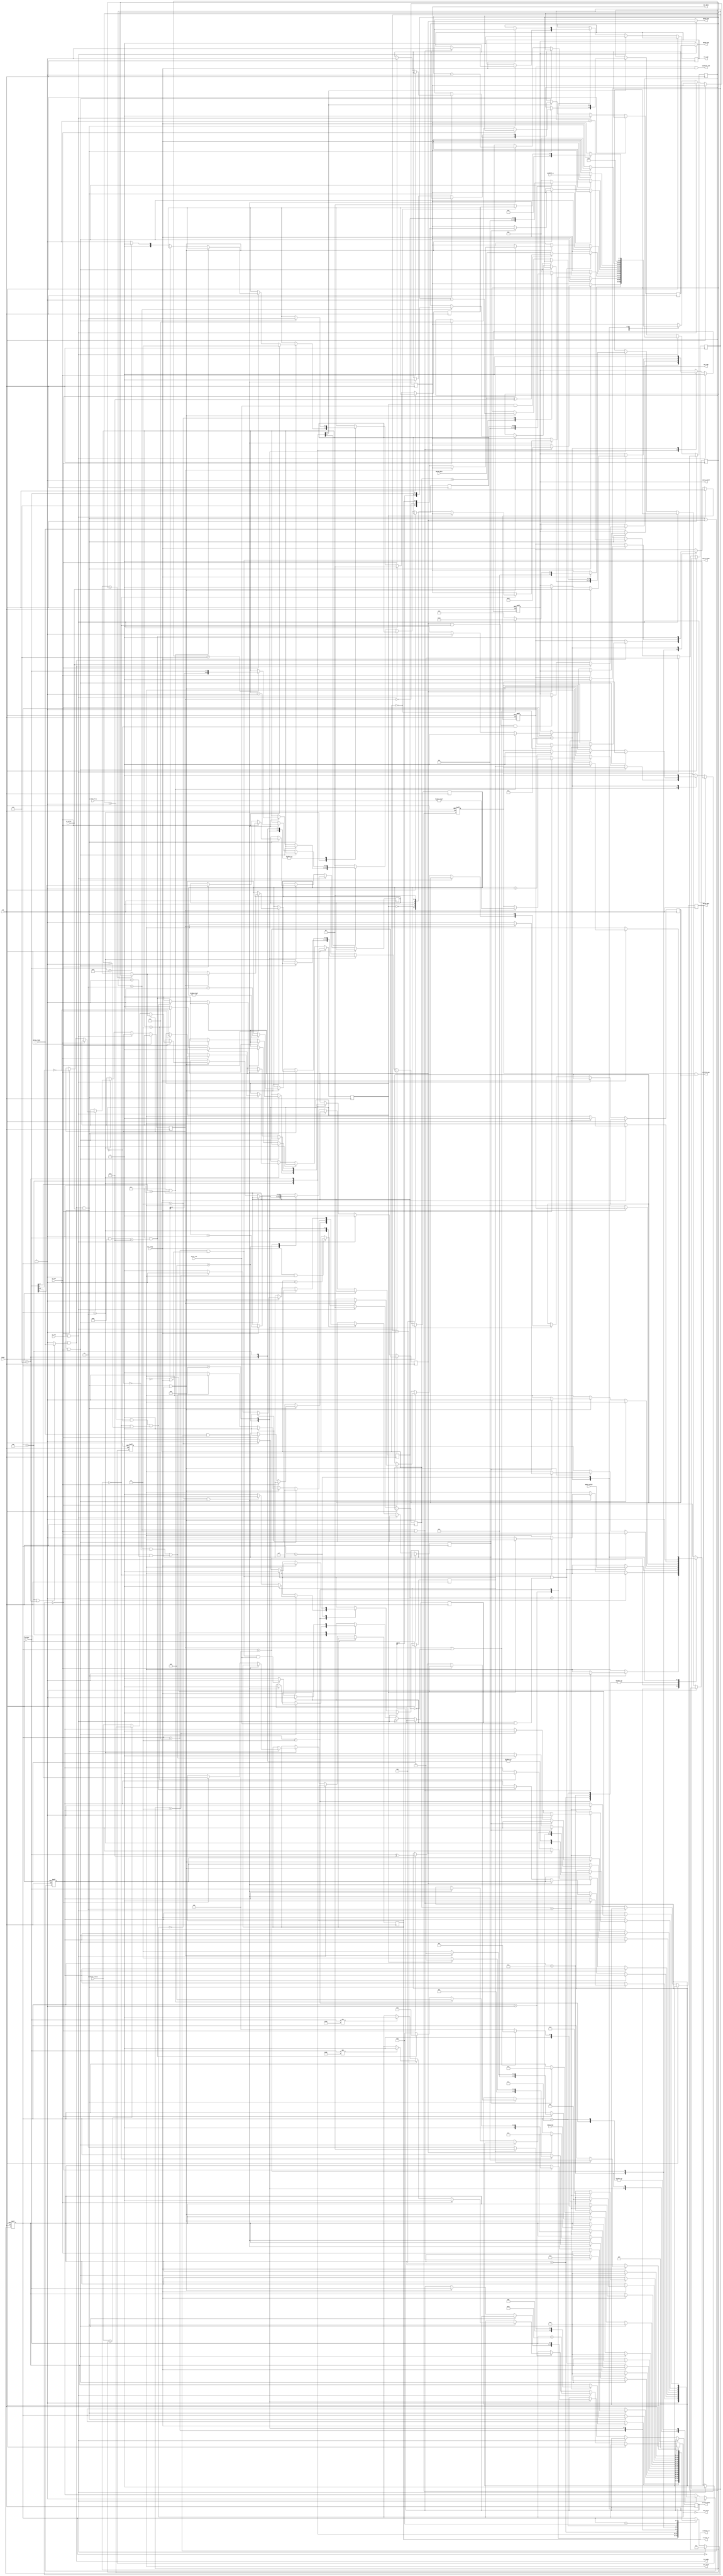
// ===================================================================
// TITLE : PERIDOT Ethernet I/O Extender / Packet stream arbiter
//
//     DESIGN : s.osafune@j7system.jp (J-7SYSTEM WORKS LIMITED)
//            : 2022/09/18 (FIXED)
//
// ===================================================================
//
// The MIT License (MIT)
// Copyright (c) 2022 J-7SYSTEM WORKS LIMITED.
//
// Permission is hereby granted, free of charge, to any person obtaining a copy of
// this software and associated documentation files (the "Software"), to deal in
// the Software without restriction, including without limitation the rights to
// use, copy, modify, merge, publish, distribute, sublicense, and/or sell copies
// of the Software, and to permit persons to whom the Software is furnished to do
// so, subject to the following conditions:
//
// The above copyright notice and this permission notice shall be included in all
// copies or substantial portions of the Software.
//
// THE SOFTWARE IS PROVIDED "AS IS", WITHOUT WARRANTY OF ANY KIND, EXPRESS OR
// IMPLIED, INCLUDING BUT NOT LIMITED TO THE WARRANTIES OF MERCHANTABILITY,
// FITNESS FOR A PARTICULAR PURPOSE AND NONINFRINGEMENT. IN NO EVENT SHALL THE
// AUTHORS OR COPYRIGHT HOLDERS BE LIABLE FOR ANY CLAIM, DAMAGES OR OTHER
// LIABILITY, WHETHER IN AN ACTION OF CONTRACT, TORT OR OTHERWISE, ARISING FROM,
// OUT OF OR IN CONNECTION WITH THE SOFTWARE OR THE USE OR OTHER DEALINGS IN THE
// SOFTWARE.
//

// []
// 11 
//  
//
// []
// 4 
// 112 
// FIFO 
// 4n130x00 
// 7
//     0x40 : 1,2,4 
//     0x44 : 132768 
//     0x50 : 1,2,4 
//     0x54 : 132768 
//     0x2x : FIFO4bitFIFO132768 
//     0x3x : FIFO4bitFIFO132768 
//     0x7f : 
//
//         0     1     2     3
//      +-----+-----+-----+-----+
// +0   | 'A' | 'V' | 'M' | 'M' | -- (FOURCC)
//      |-----+-----+-----------|
// +4   | CMD | 0x00|   SIZE    | -+
//      |-----+-----+-----------|  |
// +8   |        ADDRESS        |  | 1
//      |-----+-----+-----+-----|  |
// +12  |  D0 |  D1 |  D2 |  D3 |  |
//      |-----+-----+-----+-----|  |
// +16  |  D4 |             | -+
//      |-----+-----+-----+-----|
//  :
//  :
//      |-----+-----+-----+-----|
// +20  | CMD | 0x00|   SIZE    | -+
//      |-----+-----+-----------|  |
// +24  |        ADDRESS        |  | 2
//      |-----+-----+-----+-----|  |
// +28  |  D0 |             | -+
//      |-----+-----+-----+-----|
//  :
//  :
//      |-----+-----+-----+-----|
// 4m+0 | 0x7f| 0x00| 0xff| 0xff| -- ()
//      +-----+-----+-----+-----+
//

// Verilog-2001 / IEEE 1364-2001
`default_nettype none

module peridot_ethio_avmm_arbiter #(
	parameter SUPPORT_AVALONMM_CMD	= 1,	// 1=Avalon-MM Host 
	parameter SUPPORT_AVALONST_CMD	= 1,	// 1=Avalon-ST Src/Sink 
	parameter ENABLE_AVALONMM_HOST	= 1,	// 1=Avalon-MM Host (SUPPORT_AVALONMM_CMD=1)
	parameter ENABLE_AVALONST_SRC	= 1,	// 1=Avalon-ST Src FIFO (SUPPORT_AVALONST_CMD=1)
	parameter ENABLE_AVALONST_SINK	= 1		// 1=Avalon-ST Sink FIFO (SUPPORT_AVALONST_CMD=1)
) (
	input wire			reset,
	input wire			clk,

	// UDP 
	output wire			in_ready,
	input wire			in_valid,
	input wire  [7:0]	in_data,
	input wire			in_sop,
	input wire			in_eop,

	input wire			out_ready,
	output wire			out_valid,
	output wire [7:0]	out_data,
	output wire			out_sop,
	output wire			out_eop,
	output wire			out_error,	// eop 

	// Packet to Avalon-MM Host (altera_avalon_packet_to_master)
	input wire			mmreq_ready,
	output wire			mmreq_valid,
	output wire [7:0]	mmreq_data,
	output wire			mmreq_sop,
	output wire			mmreq_eop,

	output wire			mmrsp_ready,
	input wire			mmrsp_valid,
	input wire  [7:0]	mmrsp_data,
	input wire			mmrsp_sop,
	input wire			mmrsp_eop,

	// Avalon-ST Source FIFO (CLIDEV)
	output wire [3:0]	srcfifo_ch,
	output wire			srcfifo_wen,
	output wire [7:0]	srcfifo_data,
	input wire  [10:0]	srcfifo_free,

	// Avalon-ST Sink FIFO (DEVCLI)
	output wire [3:0]	sinkfifo_ch,
	output wire			sinkfifo_ack,
	input wire  [7:0]	sinkfifo_q,
	input wire  [10:0]	sinkfifo_remain
);


/* =====  ========== */



/* -----  ------------------ */

	localparam MM_PORT_ENABLE = (SUPPORT_AVALONMM_CMD && ENABLE_AVALONMM_HOST);
	localparam ST_SRC_ENABLE = (SUPPORT_AVALONST_CMD && ENABLE_AVALONST_SRC);
	localparam ST_SINK_ENABLE = (SUPPORT_AVALONST_CMD && ENABLE_AVALONST_SINK);

	localparam FOURCC_AVMM = {8'h41, 8'h56, 8'h4d, 8'h4d};	// 'A' 'V' 'M' 'M'

	localparam CMD_AVMM_WRITE		= 8'h40;
	localparam CMD_AVMM_WRITE_INC	= 8'h44;
	localparam CMD_AVMM_READ		= 8'h50;
	localparam CMD_AVMM_READ_INC	= 8'h54;
	localparam CMD_AVST_OUT			= 8'h20;
	localparam CMD_AVST_IN			= 8'h30;
	localparam CMD_END				= 8'h7f;

	localparam	RES_OK				= 2'd0,
				RES_UNDEFINED_CMD	= 2'd1,
				RES_PACKET_INCORRECT= 2'd2,
				RES_EOP_NOT_EXIST	= 2'd3;

	localparam	STATE_IDLE			= 5'd0,
				STATE_FOURCC		= 5'd1,
				STATE_FOURCC_RESP	= 5'd2,
				STATE_CHECKCMD		= 5'd3,
				STATE_AVMM			= 5'd4,
				STATE_AVMM_DATA		= 5'd5,
				STATE_AVMM_RESP		= 5'd6,
				STATE_AVMM_TRANS	= 5'd7,
				STATE_AVST			= 5'd8,
				STATE_AVST_WRITE	= 5'd9,
				STATE_AVST_RESP		= 5'd10,
				STATE_AVST_READ		= 5'd11,
				STATE_PADDING		= 5'd12,
				STATE_END			= 5'd13,
				STATE_CLOSE			= 5'd14,
				STATE_CLOSE_RESP	= 5'd15;


/*  */

/* =====  ====================== */
	wire			reset_sig = reset;		//  
	wire			clock_sig = clk;		//  

	reg  [1:0]		in_bytepos_reg, out_bytepos_reg;
	reg  [4:0]		state_reg;
	reg				ready_reg;
	reg  [1:0]		error_reg;
	reg				accept_reg;
	reg				out_valid_reg, out_sop_reg, out_eop_reg;
	reg  [7:0]		out_data_reg;
	wire			in_ready_sig, in_enable_sig;
	wire			out_ready_sig;

	reg				mm_resp_reg;
	reg  [2:0]		mm_count_reg;
	reg				mm_write_reg, mm_inc_reg;
	reg  [10:0]		mm_datalen_reg;
	reg				mmreq_valid_reg, mmreq_sop_reg, mmreq_eop_reg;
	reg  [7:0]		mmreq_data_reg;
	wire			mmreq_ready_sig;
	wire			mmrsp_ready_sig, mmrsp_valid_sig, mmrsp_sop_sig, mmrsp_eop_sig;
	wire [7:0]		mmrsp_data_sig;

	reg				st_enqueue_reg;
	reg  [3:0]		st_channel_reg;
	reg  [10:0]		st_datalen_reg, st_wrlen_reg, st_datanum_reg;
	reg				stin_eop_reg;
	reg  [7:0]		stin_data_reg;
	reg				stin_datavalid_reg;
	reg				stin_fifowen_reg;
	reg				stout_fifoack_reg;
	wire			srcfifo_wen_sig;
	wire [7:0]		srcfifo_data_sig;
	wire [10:0]		srcfifo_free_sig;
	wire [7:0]		sinkfifo_q_sig;
	wire [10:0]		sinkfifo_remain_sig;


/* wirereg */

/* =====  ============== */



/* =====  ============== */

	//  

	assign in_ready_sig = ready_reg & ((state_reg == STATE_AVMM || state_reg == STATE_AVMM_DATA)? mmreq_ready_sig : 1'b1);
	assign in_ready = in_ready_sig;

	assign out_ready_sig = out_ready;
	assign out_valid = out_valid_reg;
	assign out_data = out_data_reg;
	assign out_sop = out_sop_reg;
	assign out_eop = out_eop_reg;
	assign out_error = ~accept_reg;

	assign mmreq_ready_sig = (MM_PORT_ENABLE)? mmreq_ready : 1'b1;
	assign mmreq_valid = (MM_PORT_ENABLE)? mmreq_valid_reg : 1'b0;
	assign mmreq_data = (MM_PORT_ENABLE)? mmreq_data_reg : 1'd0;
	assign mmreq_sop = (MM_PORT_ENABLE && mmreq_valid_reg)? mmreq_sop_reg : 1'b0;
	assign mmreq_eop = (MM_PORT_ENABLE && mmreq_valid_reg)? mmreq_eop_reg : 1'b0;

	assign mmrsp_ready_sig = (state_reg == STATE_AVMM_TRANS && (!out_valid_reg || out_ready_sig));
	assign mmrsp_ready = (MM_PORT_ENABLE)? mmrsp_ready_sig : 1'b0;
	assign mmrsp_valid_sig = (MM_PORT_ENABLE)? mmrsp_valid : 1'b1;
	assign mmrsp_data_sig = (MM_PORT_ENABLE)? mmrsp_data : 1'd0;
	assign mmrsp_sop_sig = (MM_PORT_ENABLE)? mmrsp_sop : 1'b1;
	assign mmrsp_eop_sig = (MM_PORT_ENABLE)? mmrsp_eop : 1'b0;

	assign srcfifo_ch = (ST_SRC_ENABLE)? st_channel_reg : 1'd0;
	assign srcfifo_wen = (ST_SRC_ENABLE && stin_fifowen_reg && stin_datavalid_reg);
	assign srcfifo_data = (ST_SRC_ENABLE)? stin_data_reg : 1'd0;
	assign srcfifo_free_sig = (ST_SRC_ENABLE)? srcfifo_free : 1'd0;

	assign sinkfifo_ch = (ST_SINK_ENABLE)? st_channel_reg : 1'd0;
	assign sinkfifo_ack = (ST_SINK_ENABLE && stout_fifoack_reg && out_ready_sig);
	assign sinkfifo_q_sig = (ST_SINK_ENABLE)? sinkfifo_q : 1'd0;
	assign sinkfifo_remain_sig = (ST_SINK_ENABLE)? sinkfifo_remain : 1'd0;


	//  

	assign in_enable_sig = (in_ready_sig && in_valid);

	always @(posedge clock_sig or posedge reset_sig) begin
		if (reset_sig) begin
			state_reg <= STATE_IDLE;
			ready_reg <= 1'b0;
			out_valid_reg <= 1'b0;
			mmreq_valid_reg <= 1'b0;
			stin_fifowen_reg <= 1'b0;
			stout_fifoack_reg <= 1'b0;
		end
		else begin
			if (in_enable_sig && in_sop) begin
				in_bytepos_reg <= 2'd1;
				out_bytepos_reg <= 2'd0;
				state_reg <= STATE_FOURCC;
				ready_reg <= 1'b1;
				error_reg <= RES_OK;
				accept_reg <= (in_data == FOURCC_AVMM[31:24]);
				out_valid_reg <= 1'b0;
				out_sop_reg <= 1'b0;
				out_eop_reg <= 1'b0;
				mmreq_valid_reg <= 1'b0;
				mmreq_sop_reg <= 1'b0;
				mmreq_eop_reg <= 1'b0;
				stin_fifowen_reg <= 1'b0;
				stout_fifoack_reg <= 1'b0;
			end
			else begin
				// (4)
				if (in_enable_sig) begin
					in_bytepos_reg <= in_bytepos_reg + 1'd1;
				end

				if (out_ready_sig && out_valid_reg) begin
					out_bytepos_reg <= out_bytepos_reg + 1'd1;
				end


				case (state_reg)
				STATE_IDLE : begin
					ready_reg <= 1'b1;
				end

				//  
				STATE_FOURCC : begin
					if (in_enable_sig) begin
						if (in_bytepos_reg == 2'd3 || in_eop) begin
							state_reg <= STATE_FOURCC_RESP;
							ready_reg <= 1'b0;
							out_valid_reg <= 1'b1;
							out_data_reg <= FOURCC_AVMM[31:24];
							out_sop_reg <= 1'b1;
						end

						if (in_eop) begin
							accept_reg <= 1'b0;		// FOURCC 
						end
						else begin
							case (in_bytepos_reg)	// FOURCC 
							2'd1 : if (in_data != FOURCC_AVMM[23:16]) accept_reg <= 1'b0;
							2'd2 : if (in_data != FOURCC_AVMM[15: 8]) accept_reg <= 1'b0;
							default : if (in_data != FOURCC_AVMM[ 7: 0]) accept_reg <= 1'b0;
							endcase
						end
					end
				end
				STATE_FOURCC_RESP : begin
					if (out_ready_sig) begin
						out_sop_reg <= 1'b0;

						if (out_bytepos_reg == 2'd3) begin
							ready_reg <= 1'b1;
							out_valid_reg <= 1'b0;

							if (out_eop_reg) begin
								state_reg <= STATE_IDLE;
							end
							else begin
								state_reg <= STATE_CHECKCMD;
							end
						end

						if (out_eop_reg) begin
							 out_eop_reg <= 1'b0;
						end
						else if (out_bytepos_reg == 2'd2 && !accept_reg) begin
							out_eop_reg <= 1'b1;
						end

						case (out_bytepos_reg)
						2'd0 : out_data_reg <= FOURCC_AVMM[23:16];
						2'd1 : out_data_reg <= FOURCC_AVMM[15: 8];
						default : out_data_reg <= FOURCC_AVMM[ 7: 0];
						endcase
					end
				end

				//  
				STATE_CHECKCMD : begin
					if (in_enable_sig) begin
						if (in_eop) begin
							state_reg <= STATE_CLOSE;
							error_reg <= RES_PACKET_INCORRECT;
						end
						else if (in_bytepos_reg == 2'd0) begin
							mm_count_reg <= 3'd7;
							mm_write_reg <= ~in_data[4];		// 40h,44h : AVMM_WRITE / 50h,54h : AVMM_READ
							mm_inc_reg <= in_data[2];			// 44h,54h : addr inc
							mmreq_data_reg <= in_data ^ 8'h40;	// AvalonMM 
							mmreq_sop_reg <= 1'b1;
							mmreq_eop_reg <= 1'b0;

							st_enqueue_reg <= ~in_data[4];		// 2xh : AVST_OUT / 3xh : AVST_IN
							st_channel_reg <= in_data[3:0];		// xnh : fifo channel
							stin_eop_reg <= 1'b0;

							if (SUPPORT_AVALONST_CMD && in_data[7:5] == 3'b001) begin
								state_reg <= STATE_AVST;
								mmreq_valid_reg <= 1'b0;
							end
							else if (SUPPORT_AVALONMM_CMD && (in_data & ~8'h14) == 8'h40) begin
								state_reg <= STATE_AVMM;
								mmreq_valid_reg <= 1'b1;
							end
							else begin
								state_reg <= STATE_END;
								error_reg <= (in_data == CMD_END)? RES_OK : RES_UNDEFINED_CMD;
								mmreq_valid_reg <= 1'b0;
							end
						end
					end
				end

				// Avalon-MM Host 
				STATE_AVMM : begin
					if (mmreq_ready_sig) begin
						if (in_ready_sig) begin
							mmreq_valid_reg <= in_valid;
						end
						else if (mmreq_eop_reg && !mm_count_reg && !mm_write_reg) begin
							mmreq_valid_reg <= 1'b0;
						end
					end

					if (in_enable_sig && in_eop) begin
						state_reg <= STATE_CLOSE;
						error_reg <= RES_EOP_NOT_EXIST;		//  
					end
					else if (mmreq_ready_sig && (in_enable_sig || mmreq_eop_reg)) begin
						mm_count_reg <= mm_count_reg - 1'd1;
						mmreq_data_reg <= in_data;
						mmreq_sop_reg <= 1'b0;
						mm_resp_reg <= 1'b0;

						if (mm_count_reg == 3'd5) begin
							mm_datalen_reg <= {mmreq_data_reg[2:0], in_data};
						end

						if (mmreq_eop_reg) begin
							mmreq_eop_reg <= 1'b0;
						end
						else if ((mm_count_reg == 3'd1 && !mm_write_reg) || (!mm_count_reg && mm_datalen_reg == 11'd1)) begin
							ready_reg <= 1'b0;
							mmreq_eop_reg <= 1'b1;
						end

						if (!mm_count_reg) begin
							if (mm_write_reg) begin
								state_reg <= STATE_AVMM_DATA;
							end
							else begin
								state_reg <= STATE_AVMM_RESP;
								out_valid_reg <= 1'b1;
								out_data_reg <= {3'b110, ~mm_write_reg, 1'b0, mm_inc_reg, 2'b00};
							end
						end
					end
				end
				STATE_AVMM_DATA : begin
					if (mmreq_ready_sig) begin
						if (in_ready_sig) begin
							mmreq_valid_reg <= in_valid;
						end
						else if (mmreq_eop_reg) begin
							mmreq_valid_reg <= 1'b0;
						end
					end

					if (in_enable_sig && in_eop) begin
						state_reg <= STATE_CLOSE;
						error_reg <= RES_EOP_NOT_EXIST;		//  
					end
					else if (mmreq_ready_sig && (in_enable_sig || mmreq_eop_reg)) begin
						mm_datalen_reg <= mm_datalen_reg - 1'd1;
						mmreq_data_reg <= in_data;

						if (mmreq_eop_reg) begin
							mmreq_eop_reg <= 1'b0;
						end
						else if (mm_datalen_reg == 11'd2) begin
							ready_reg <= 1'b0;
							mmreq_eop_reg <= 1'b1;
						end

						if (mmreq_eop_reg) begin
							if (ENABLE_AVALONMM_HOST) begin
								state_reg <= STATE_AVMM_TRANS;
							end
							else begin
								state_reg <= STATE_AVMM_RESP;
								out_valid_reg <= 1'b1;
								out_data_reg <= {3'b110, ~mm_write_reg, 1'b0, mm_inc_reg, 2'b00};
							end
						end
					end
				end
				STATE_AVMM_RESP : begin
					if (out_ready_sig) begin
						if (out_bytepos_reg == 2'd3) begin
							out_valid_reg <= 1'b0;

							if (ENABLE_AVALONMM_HOST) begin
								state_reg <= STATE_AVMM_TRANS;
							end
							else begin
								state_reg <= STATE_CHECKCMD;
								ready_reg <= 1'b1;
							end
						end

						if (ENABLE_AVALONMM_HOST) begin
							case (out_bytepos_reg)
							2'd1 : out_data_reg <= {5'b0, mm_datalen_reg[10:8]};
							2'd2 : out_data_reg <= mm_datalen_reg[7:0];
							default : out_data_reg <= 8'h00;
							endcase
						end
						else begin
							out_data_reg <= 8'h00;
						end
					end
				end
				STATE_AVMM_TRANS : begin
					if (!mm_resp_reg) begin
						if (mmrsp_ready_sig && mmrsp_sop_sig) begin
							mm_resp_reg <= 1'b1;
						end
					end

					if (mmrsp_ready_sig && (mm_resp_reg || mmrsp_sop_sig)) begin
						out_valid_reg <= mmrsp_valid_sig;

						if (mm_write_reg && mmrsp_sop_sig) begin
							out_data_reg <= mmrsp_data_sig ^ 8'h40;		//  
						end
						else begin
							out_data_reg <= mmrsp_data_sig;
						end

						if (mmrsp_eop_sig) begin
							state_reg <= STATE_PADDING;
						end
					end
				end

				// Avalon-ST FIFO 
				STATE_AVST : begin
					if (in_enable_sig && in_eop) begin
						state_reg <= STATE_CLOSE;
						error_reg <= RES_EOP_NOT_EXIST;		//  
					end
					else if (in_enable_sig || stin_eop_reg) begin
						stin_data_reg <= in_data;

						if (in_bytepos_reg == 2'd3) begin
							st_datalen_reg <= {stin_data_reg[2:0], in_data};
						end

						if (in_bytepos_reg == 2'd0) begin
							if (st_enqueue_reg) begin
								stin_fifowen_reg <= (srcfifo_free_sig != 1'd0);
								stin_datavalid_reg <= 1'b1;

								if (srcfifo_free_sig > st_datalen_reg) begin
									st_datanum_reg <= st_datalen_reg;
									st_wrlen_reg <= st_datalen_reg;
								end
								else begin
									st_datanum_reg <= srcfifo_free_sig;
									st_wrlen_reg <= srcfifo_free_sig;
								end
							end
							else begin
								if (sinkfifo_remain_sig > st_datalen_reg) begin
									st_datanum_reg <= st_datalen_reg;
								end
								else begin
									st_datanum_reg <= sinkfifo_remain_sig;
								end
							end
						end

						if (stin_eop_reg) begin
							stin_eop_reg <= 1'b0;
						end
						else if ((in_bytepos_reg == 2'd3 && !st_enqueue_reg) || (in_bytepos_reg == 2'd0 && st_datalen_reg == 11'd1)) begin
							ready_reg <= 1'b0;
							stin_eop_reg <= 1'b1;
						end

						if (in_bytepos_reg == 2'd0) begin
							if (st_enqueue_reg) begin
								state_reg <= STATE_AVST_WRITE;
							end
							else begin
								state_reg <= STATE_AVST_RESP;
								out_valid_reg <= 1'b1;
								out_data_reg <= {3'b101, ~st_enqueue_reg, st_channel_reg};
							end
						end
					end
				end
				STATE_AVST_WRITE : begin
					stin_data_reg <= in_data;
					stin_datavalid_reg <= in_enable_sig;

					if (in_enable_sig && in_eop) begin
						state_reg <= STATE_CLOSE;
						error_reg <= RES_EOP_NOT_EXIST;			//  
					end
					else if (in_enable_sig || stin_eop_reg) begin
						st_datalen_reg <= st_datalen_reg - 1'd1;

						if (st_wrlen_reg) begin
							st_wrlen_reg <= st_wrlen_reg - 1'd1;
						end

						if (st_wrlen_reg == 11'd1) begin
							stin_fifowen_reg <= 1'b0;
						end

						if (stin_eop_reg) begin
							stin_eop_reg <= 1'b0;
						end
						else if (st_datalen_reg == 11'd2) begin
							ready_reg <= 1'b0;
							stin_eop_reg <= 1'b1;
						end

						if (stin_eop_reg) begin
							state_reg <= STATE_AVST_RESP;
							out_valid_reg <= 1'b1;
							out_data_reg <= {3'b101, ~st_enqueue_reg, st_channel_reg};
						end
					end
				end
				STATE_AVST_RESP : begin
					if (out_ready_sig) begin
						if (out_bytepos_reg == 2'd3) begin
							if (st_enqueue_reg || !st_datanum_reg) begin
								state_reg <= STATE_CHECKCMD;
								ready_reg <= 1'b1;
								out_valid_reg <= 1'b0;
							end
							else begin
								state_reg <= STATE_AVST_READ;
								out_valid_reg <= 1'b0;
								stout_fifoack_reg <= 1'b1;
							end
						end

						case (out_bytepos_reg)
						2'd1 : out_data_reg <= {5'b0, st_datanum_reg[10:8]};
						2'd2 : out_data_reg <= st_datanum_reg[7:0];
						default : out_data_reg <= 8'h00;
						endcase
					end
				end
				STATE_AVST_READ : begin
					if (out_ready_sig) begin
						st_datanum_reg <= st_datanum_reg - 1'd1;
						out_valid_reg <= stout_fifoack_reg;
						out_data_reg <= sinkfifo_q_sig;

						if (st_datanum_reg == 11'd1) begin
							state_reg <= STATE_PADDING;
							stout_fifoack_reg <= 1'b0;
						end
					end
				end

				//  
				STATE_PADDING : begin
					if (out_ready_sig) begin
						out_data_reg <= 8'h00;

						if (out_bytepos_reg == 2'd3) begin
							state_reg <= STATE_CHECKCMD;
							ready_reg <= 1'b1;
							out_valid_reg <= 1'b0;
						end
					end
				end

				//  
				STATE_END : begin
					if (in_enable_sig && in_eop) begin		// EOP 
						state_reg <= STATE_CLOSE;
					end
				end
				STATE_CLOSE : begin
					state_reg <= STATE_CLOSE_RESP;
					out_valid_reg <= 1'b1;
					out_data_reg <= CMD_END | 8'h80;		// IDLE 
					mmreq_valid_reg <= 1'b0;
					stin_fifowen_reg <= 1'b0;
					stout_fifoack_reg <= 1'b0;
				end
				STATE_CLOSE_RESP : begin
					if (out_ready_sig) begin
						if (out_bytepos_reg == 2'd0) begin
							out_data_reg <= {6'b0, error_reg};
						end
						else begin
							out_data_reg <= 8'h00;
						end

						if (out_eop_reg) begin
							state_reg <= STATE_IDLE;
							out_valid_reg <= 1'b0;
							out_eop_reg <= 1'b0;
						end
						else if (out_bytepos_reg == 2'd2) begin
							out_eop_reg <= 1'b1;
						end
					end
				end
				endcase
			end

		end
	end



endmodule

`default_nettype wire